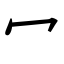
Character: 冖